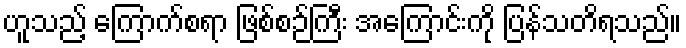
ဟူသည့် ကြောက်စရာ ဖြစ်စဉ်ကြီး အကြောင်းကို ပြန်သတိရသည်။